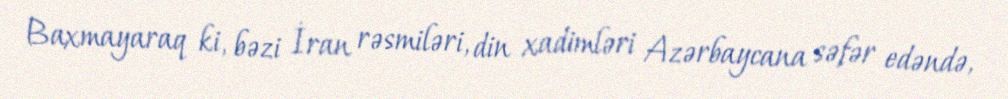
Baxmayaraq ki, bəzi İran rəsmiləri, din xadimləri Azərbaycana səfər edəndə,